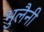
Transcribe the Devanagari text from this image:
भुलैनी